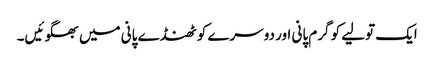
ایک تولیے کو گرم پانی اور دوسرے کو ٹھنڈے پانی میں بھگوئیں۔